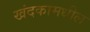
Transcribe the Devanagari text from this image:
खंदकामधील